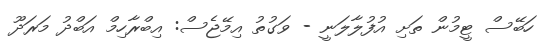
ހަބޭސް ޓީމުން ތަށި އުފުލާލަނީ - ވަގުތު އިމޭޖެސް: އިބްރާހިމް އަބްދު މަރަދޫ